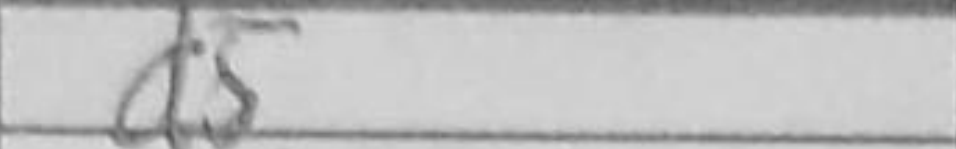
Transcription: d5